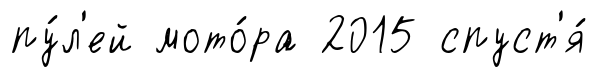
пу́л'ей мото́ра 2015 спуст'я́